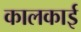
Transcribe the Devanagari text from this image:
कालकाई